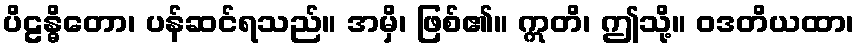
ပိဠန္ဓိတော၊ ပန်ဆင်ရသည်။ အမှိ၊ ဖြစ်၏။ ဣတိ၊ ဤသို့။ ဝဒတိယထာ၊